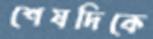
শেষদিকে